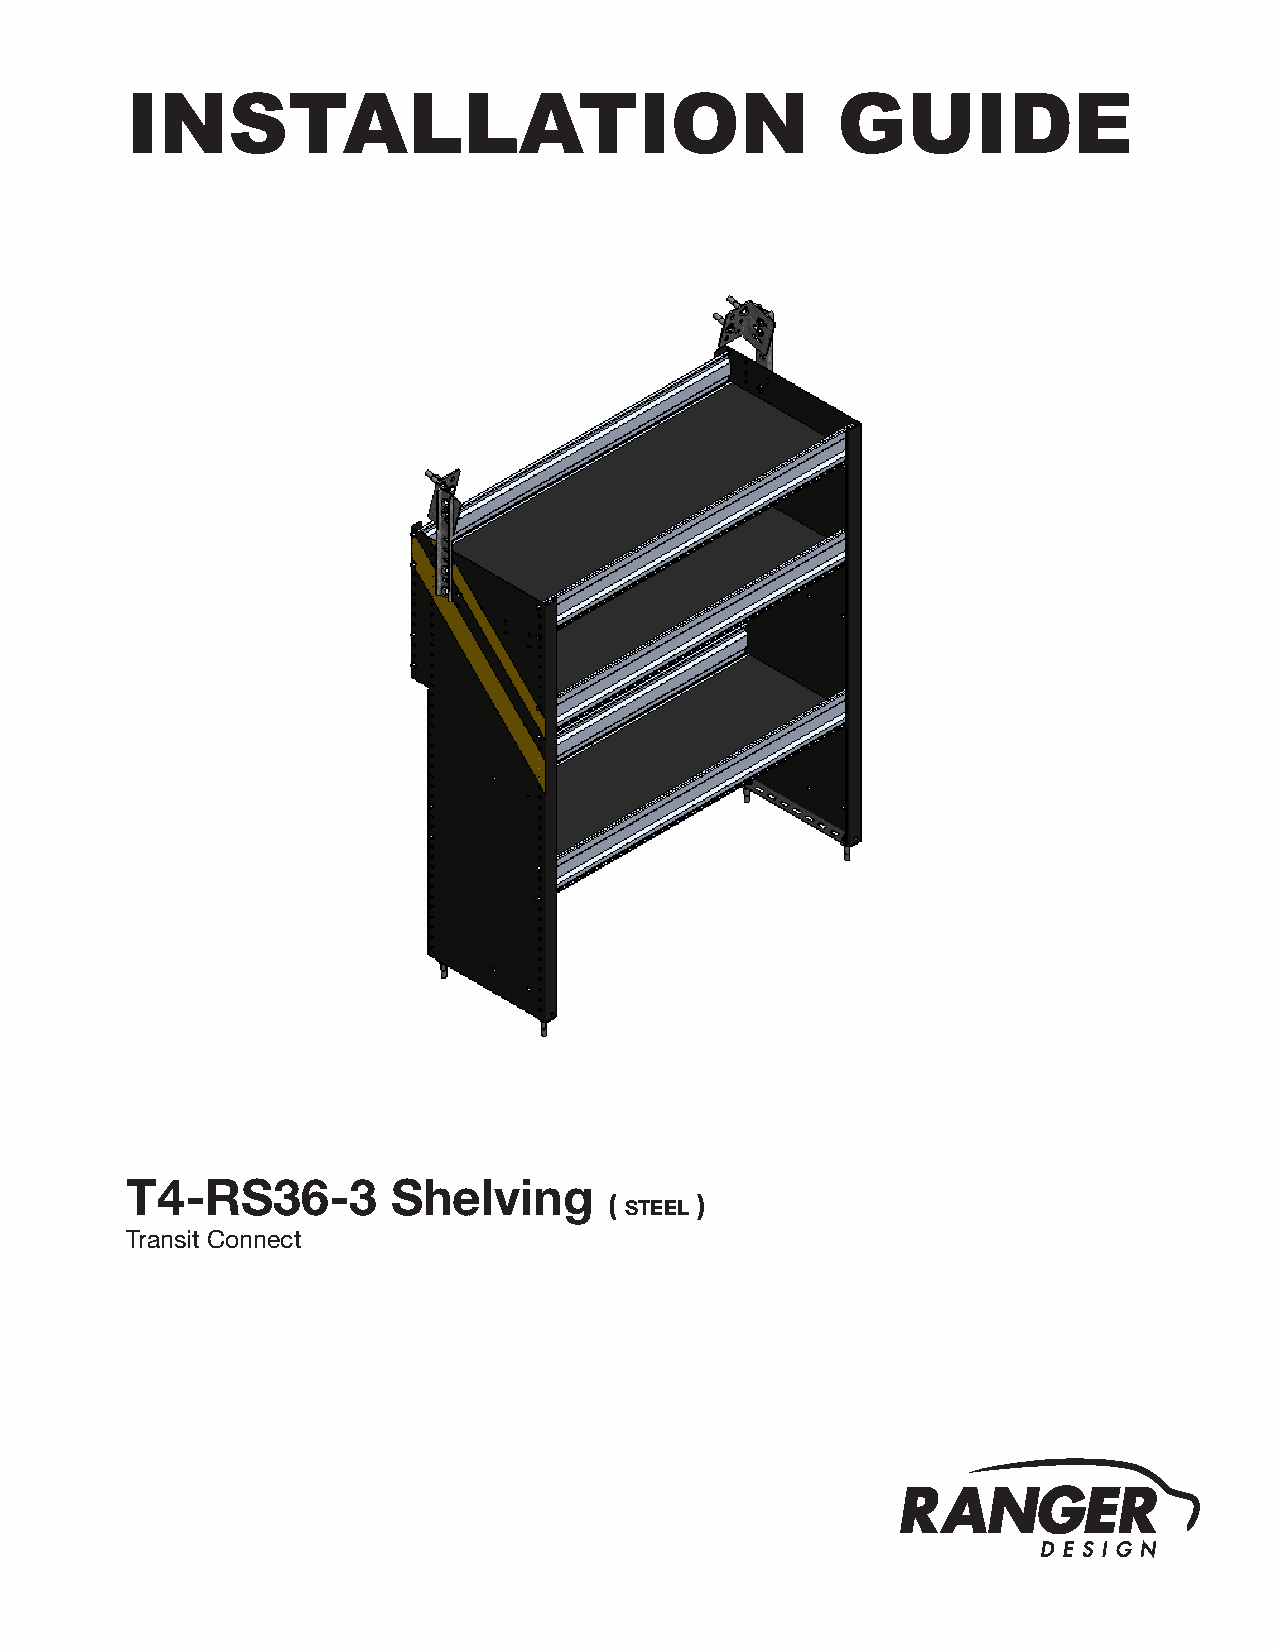
INSTALLATION                                   GUIDE
 T4-RS36-3         Shelving
 (     )
 steel
 Transit Connect